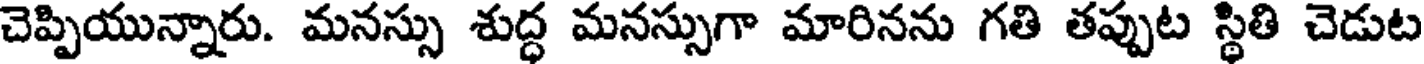
చెప్పియున్నారు. మనస్సు శుద్ధ మనస్సుగా మారినను గతి తప్పుట స్థితి చెడుట